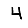
Digit: 4